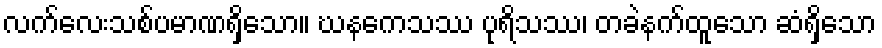
လက်လေးသစ်ပမာဏရှိသော။ ဃနကေသဿ ပုရိသဿ၊ တခဲနက်ထူသော ဆံရှိသော